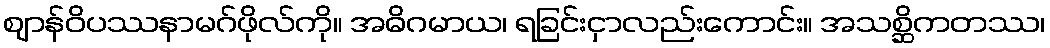
ဈာန်ဝိပဿနာမဂ်ဖိုလ်ကို။ အဓိဂမာယ၊ ရခြင်းငှာလည်းကောင်း။ အသစ္ဆိကတဿ၊